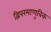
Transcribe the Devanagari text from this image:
द्विपरमाणुविक